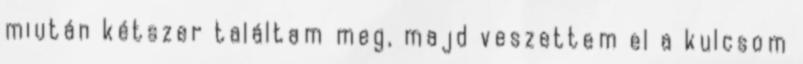
miután kétszer találtam meg, majd veszettem el a kulcsom